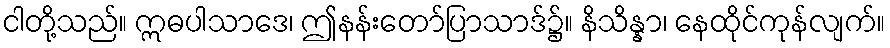
ငါတို့သည်။ ဣဓပါသာဒေ၊ ဤနန်းတော်ပြာသာဒ်၌။ နိသိန္နာ၊ နေထိုင်ကုန်လျက်။